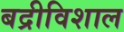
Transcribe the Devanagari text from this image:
बद्रीविशाल